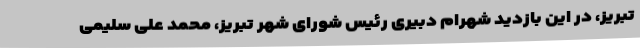
تبریز، در این بازدید شهرام دبیری رئیس شورای شهر تبریز، محمد علی سلیمی